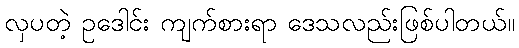
လှပတဲ့ ဥဒေါင်း ကျက်စားရာ ဒေသလည်းဖြစ်ပါတယ်။